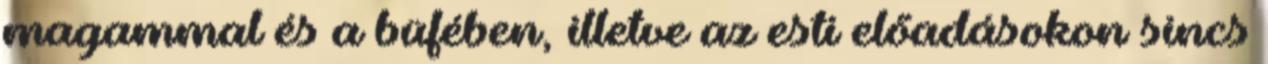
magammal és a büfében, illetve az esti előadásokon sincs